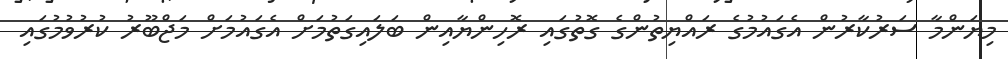
މިޔަންމާ ސަރުކާރުން އެގައުމުގެ ރައްޔިތުންގެ ގޮތުގައި ރޮހިންޔާއިން ބަލައިގަތުމަށް އެގައުމަށް މަޖްބޫރު ކުރުވުމުގައި